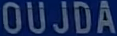
OUJDA